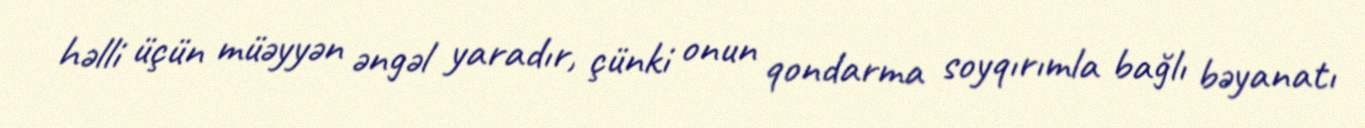
həlli üçün müəyyən əngəl yaradır, çünki onun qondarma soyqırımla bağlı bəyanatı